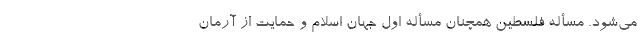
می‌شود. مسأله فلسطین همچنان مسأله اول جهان اسلام و حمایت از آرمان